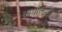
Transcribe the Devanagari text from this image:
कार्यालयीय